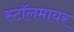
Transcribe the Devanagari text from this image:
स्टॉलमायर